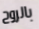
بالروح